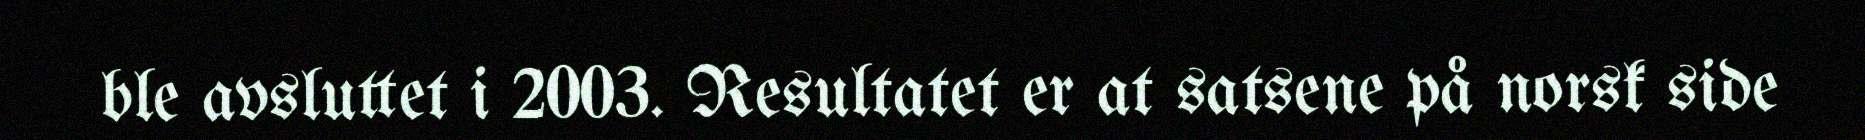
ble avsluttet i 2003. Resultatet er at satsene på norsk side